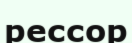
рессор